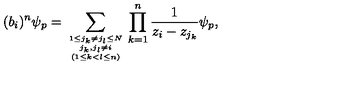
( b _ { i } ) ^ { n } \psi _ { p } = \sum _ { { { 1 \leq j _ { k } \neq j _ { l } \leq N \atop j _ { k } , j _ { l } \neq i } \atop ( 1 \leq k < l \leq n ) } } \prod _ { k = 1 } ^ { n } \frac { 1 } { z _ { i } - z _ { j _ { k } } } \psi _ { p } ,